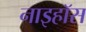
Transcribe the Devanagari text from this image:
नाइहॉस